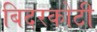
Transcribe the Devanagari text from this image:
बिदरकोटी